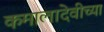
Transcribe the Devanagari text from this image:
कमालादेवीच्या